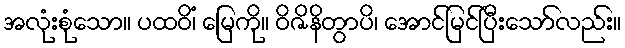
အလုံးစုံသော။ ပထဝိံ၊ မြေကို။ ဝိဇိနိတွာပိ၊ အောင်မြင်ပြီးသော်လည်း။